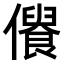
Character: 𠏾